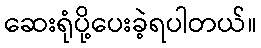
ဆေးရုံပို့ပေးခဲ့ရပါတယ်။